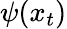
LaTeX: \psi(x_{t})